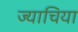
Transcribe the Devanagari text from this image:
ज्याचिया